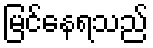
မြင်နေရသည်